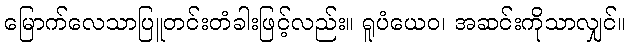
မြောက်လေသာပြူတင်းတံခါးဖြင့်လည်း။ ရူပံယေဝ၊ အဆင်းကိုသာလျှင်။